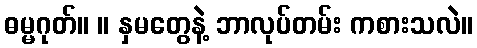
ဓမ္မဂုတ်။ ။ နှမတွေနဲ့ ဘာလုပ်တမ်း ကစားသလဲ။